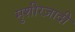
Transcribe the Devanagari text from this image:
मुशीरज़ादी